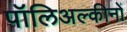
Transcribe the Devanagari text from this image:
पॉलिअल्कीनों